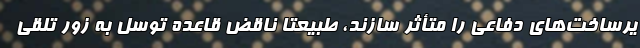
یرساخت‌های دفاعی را متأثر سازند، طبیعتاً ناقض قاعده توسل به زور تلقی